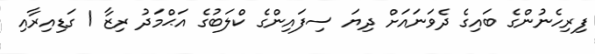
ފިރިހެނުންގެ ބައިގެ ދެވަނައަށް ދިޔަ ސިފައިންގެ ކްލަބުގެ އަޙްމަދު ރިޒާ 1 ގަޑިއިރާއި